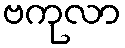
ဗကုလာ